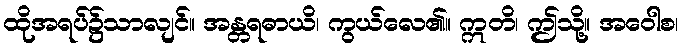
ထိုအရပ်၌သာလျင်။ အန္တရဓာယိ၊ ကွယ်လေ၏။ ဣတိ၊ ဤသို့။ အဝေါစ၊